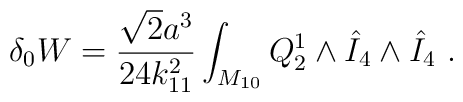
\delta_0 W = {\sqrt 2 a^3 \over 24 k_{11}^2 } \int_{M_{10}} Q_2^1 \wedge {\hat I}_4  \wedge {\hat I}_4  \ .